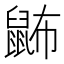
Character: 鿻